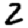
Digit: 2